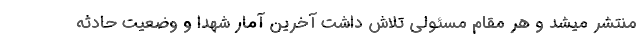
منتشر میشد و هر مقام مسئولی تلاش داشت آخرین آمار شهدا و وضعیت حادثه